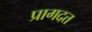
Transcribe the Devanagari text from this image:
प्रागदत्त